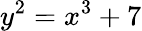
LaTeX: y^{2}=x^{3}+7